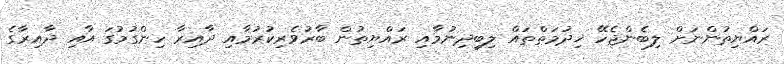
ރައްޔިތުންނަށް ލިބެންޖެހޭ ޚިދުމަތްތައް ލިބިދިނުމާއި ރައްޔިތުން ބާރުވެރިކުރުމާއި ދާއިރާ ހިންގުމުގަ އާއި ދާއިރާގެ